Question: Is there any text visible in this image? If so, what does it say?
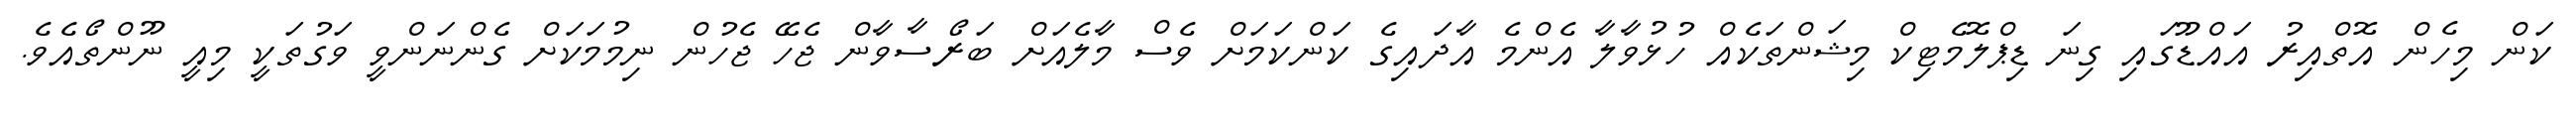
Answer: ކަން މިހެން އޮތްއިރު އައްޑޫގައި ގިނަ ޑިޕްލޮމެޓިކް މިޝަންތަކެއް ހުޅުވާލާ އެންމެ އާދައިގެ ކަންކަމަށް ވެސް މާލެއަށް ބަރޯސާވާން ޖެހޭ ޖެހުން ނިމުމަކަށް ގެންނަންވީ ވަގުތަކީ މިއީ ނޫންތޯއެވެ.